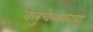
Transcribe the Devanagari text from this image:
क्लुचेव्स्काया